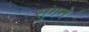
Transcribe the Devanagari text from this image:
सुंगने